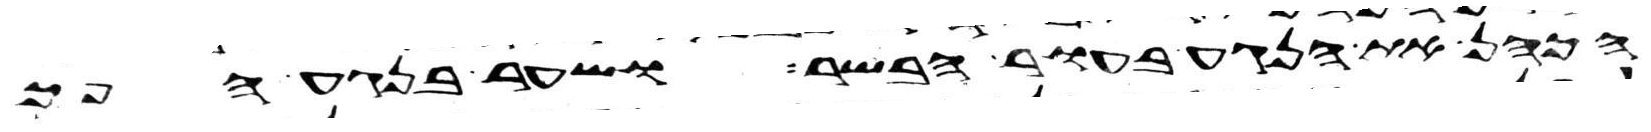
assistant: הכהן את הנגע בעור הבשר ושער בנגע הפך